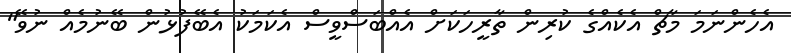
އެހެންނަމަ މާޗް އެކެއްގެ ކުރިން ތާރީހަކަށް އެއްބަސްވީސް އެކަމަކު އެބޭފުޅުން ބޭނުމެއް ނުވޭ"